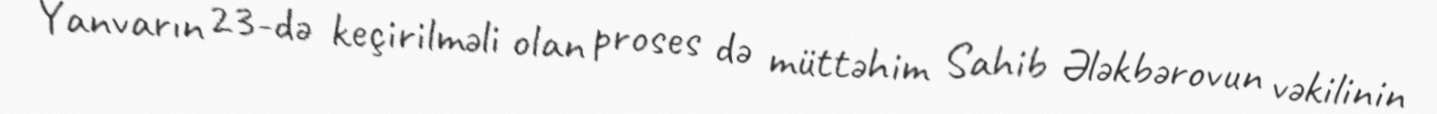
Yanvarın 23-də keçirilməli olan proses də müttəhim Sahib Ələkbərovun vəkilinin